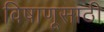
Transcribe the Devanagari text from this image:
विषाणूसाठी